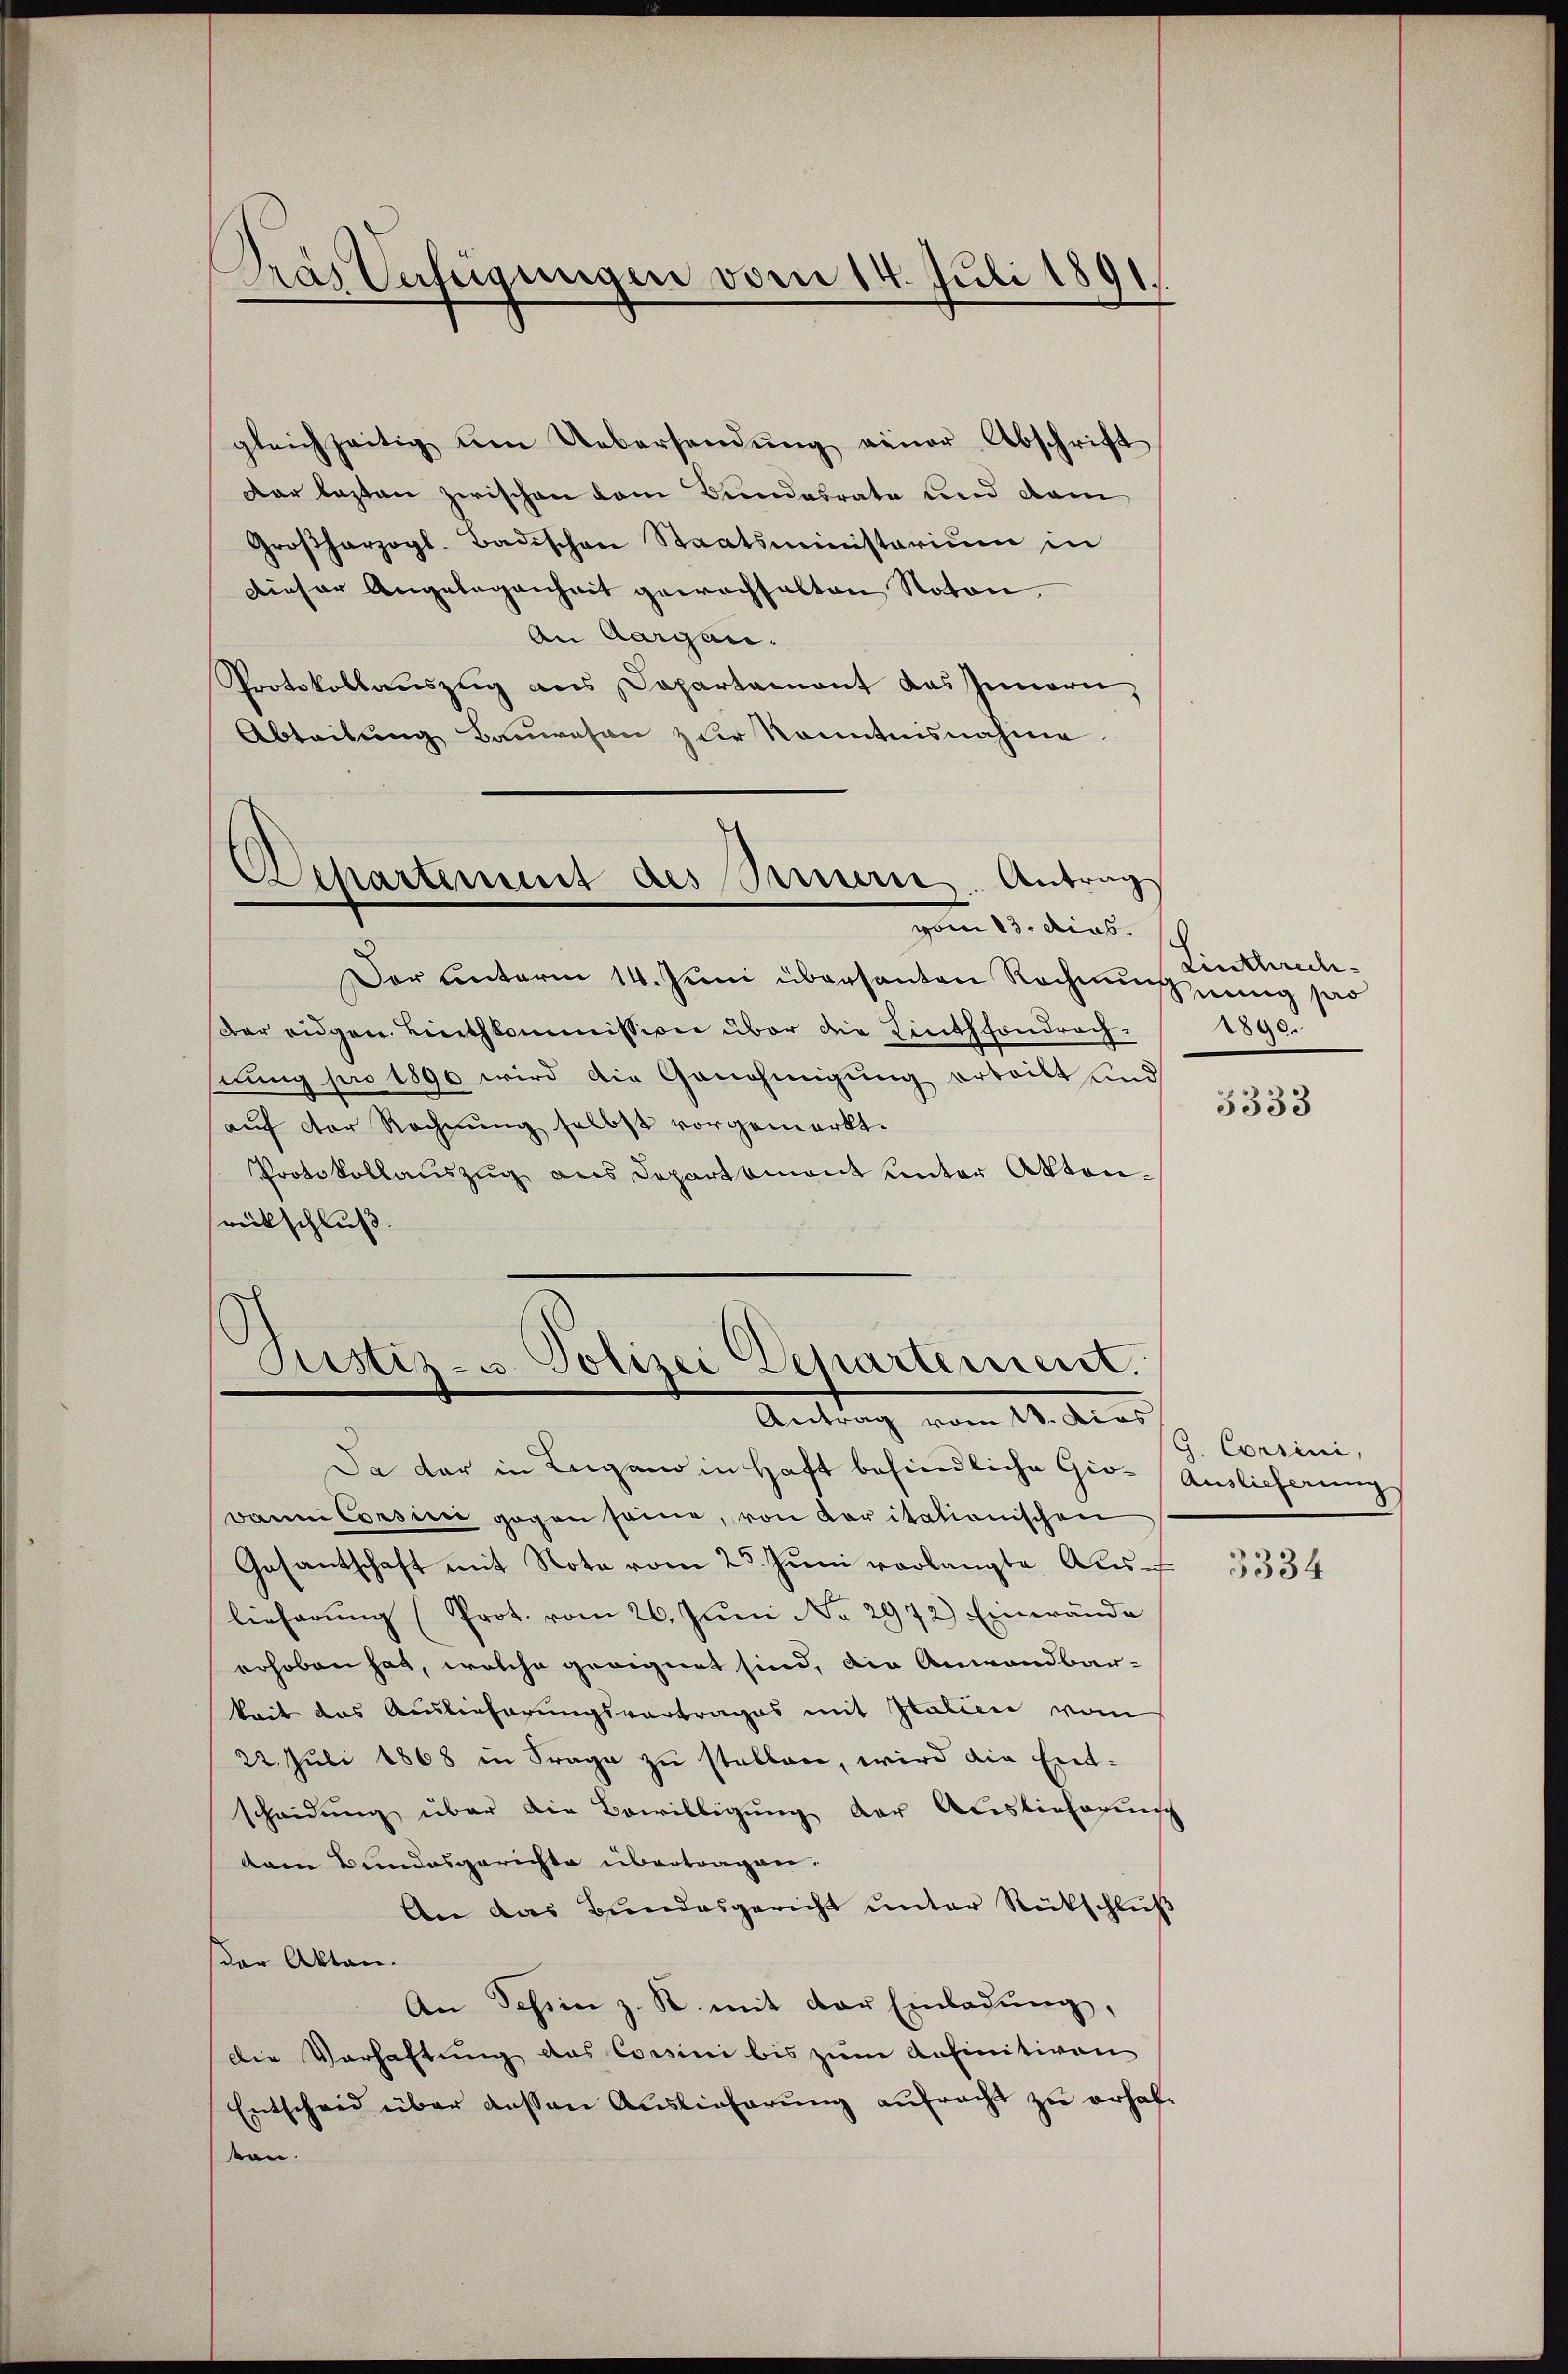
Gras Verfügungen vom 14. Juli 1891.

gleichzeitig um Uebersendung jener Abschrift
Dar lezten zwischen dem Bundesrate und dam
Großherzogl. Badischen Staatsministerium in
Dieser Angelegenheit gewachsalten Noton,
An Aargau.
Protokollaŭszŭg ans Departament das Innern,
Abteilung Bauwesen zur Kenntnisnahme

Dehartement des Seiner Antrag
vom 13. dies.

Der unterm 14. Juni übersanten Rechnung nung pro
Dar eidgen. Linthkommission über die Linthhondrachnung pro 1890 wird die Genehmigung erteilt und
aŭf der Rechnŭng selbst vorgemerkt.
Protokollauszug aus Departement unter Akten.
rückschluß.

Justiz- u Polizei Departement.
Antrag vom 18. Das

Dann Corsien gegen seine, von Karitationischen
Gesantschaft mit Note vom 25. Jŭni vorlangte Aus-
lieferung (Prot. vom 26. Juni No 2972) Einwände
erhoben hat, welche geeignet sind, die Anwandbar-
keit das Auslieferungsvortrages mit Italien vom
22. Juli 1868 in Frage zu stellen, wird die Ent-
scheidung über die Bewilligŭng der Auslieferung
dem Bundesgerichte übertragen.
An das Bundesgericht ŭnter Rückschlŭβ
der Akten.
An Tessin z. R. mit der Einladung,
Die Verhaftung das Consini bis zum Anfinitiven
Entscheid über dessen Auslieferung aufracht zu erhalton.

Da der in Lugano in Haft befindliche Gio- Auslieferung

Linthrech¬
2890.

3333

G. Corsini,

3334